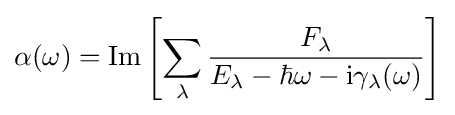
\alpha (\omega )=\mathrm {Im} \left[\sum _{\lambda }{\frac {F_{\lambda }}{E_{\lambda }-\hbar \omega -\mathrm {i} \gamma _{\lambda }(\omega )}}\right]